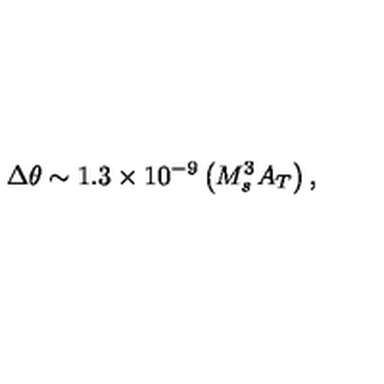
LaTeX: \Delta \theta \sim 1 . 3 \times 1 0 ^ { - 9 } \left( M _ { s } ^ { 3 } A _ { T } \right) ,